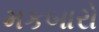
મકબારો